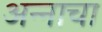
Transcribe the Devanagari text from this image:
अन्‍नाचा